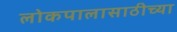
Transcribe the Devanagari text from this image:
लोकपालासाठीच्या